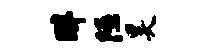
畔隰昊